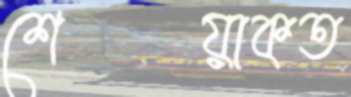
শেয়াকত